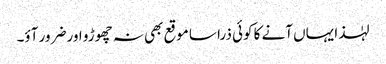
لہٰذا یہاں آنے کا کوئی ذرا سا موقع بھی نہ چھوڑو اور ضرور آؤ۔